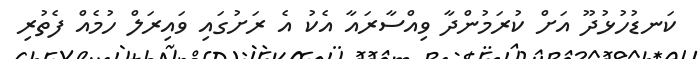
ކަނޑުހުޅުދޫ އަށް ކުރަމުންދާ ވިއްސާރައާ އެކު އެ ރަށުގައި ވައިރަލް ހުމެއް ފެތުރި